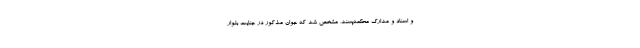
و اسناد و مدارک محکمه‌پسند، مشخص شد که جوان مذکور در جنایت بلوار